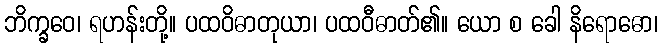
ဘိက္ခဝေ၊ ရဟန်းတို့။ ပထဝိဓာတုယာ၊ ပထဝီဓာတ်၏။ ယော စ ခေါ နိရောဓော၊